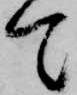
て